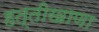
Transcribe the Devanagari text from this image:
हत्तीखाणा